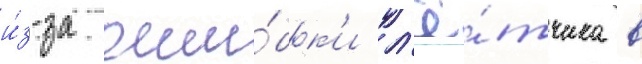
и́з-за оши́бк'и л'ё́тчика в